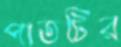
পাতটির